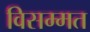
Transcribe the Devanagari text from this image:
विसम्मत